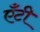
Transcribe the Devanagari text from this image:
एँटी